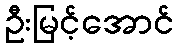
ဦးမြင့်အောင်